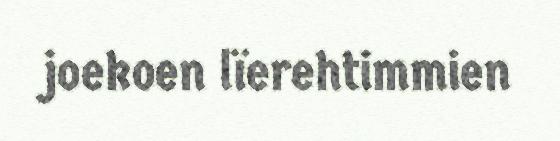
joekoen lïerehtimmien